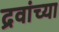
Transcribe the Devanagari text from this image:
द्रवांच्या